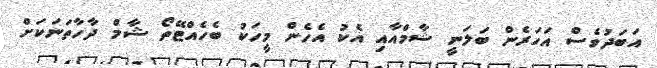
އަބަދުވެސް އަހަރެން ބަލަނީ ޝާމްއާއި އެކު އެހެން މީހަކު ބެހެއްޓޭތޯ ޝާމް ދާހާތަނަކަށް